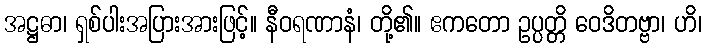
အဋ္ဌဓာ၊ ရှစ်ပါးအပြားအားဖြင့်။ နီဝရဏာနံ၊ တို့၏။ ဧကတော ဥပ္ပတ္တိ ဝေဒိတဗ္ဗာ၊ ဟိ၊